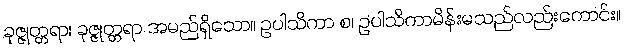
ခုဇ္ဇုတ္တရာ၊ ခုဇ္ဇုတ္တရာ အမည်ရှိသော။ ဥပါသိကာ စ၊ ဥပါသိကာမိန်းမသည်လည်းကောင်း။